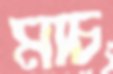
মাচ